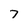
Character: 7